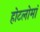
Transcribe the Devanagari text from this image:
होटलोमां